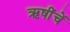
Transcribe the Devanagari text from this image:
ऋषींचें